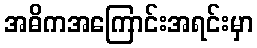
အဓိကအကြောင်းအရင်းမှာ